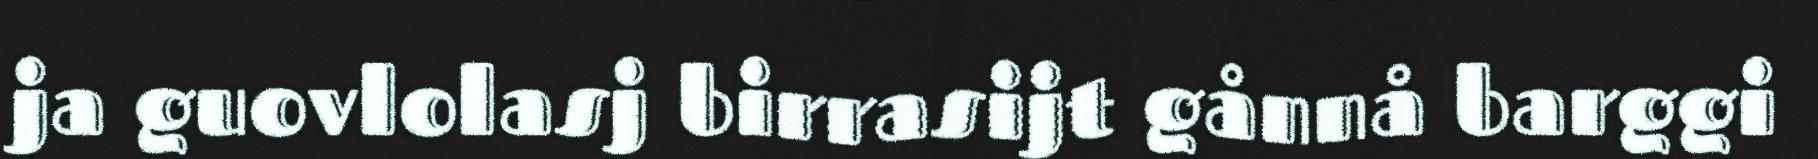
ja guovlolasj birrasijt gånnå barggi